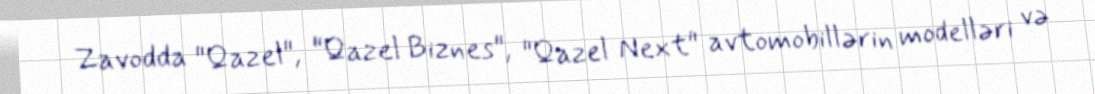
Zavodda "Qazel", "Qazel Biznes", "Qazel Next" avtomobillərin modelləri və